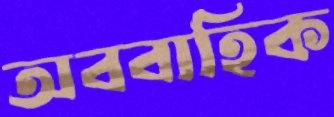
অববাহিক